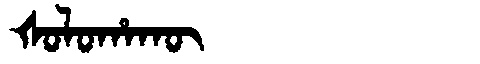
Manchu: ᡧᠣᠯᠣᡥᠠᡴᡡ
Romanization: ŠOLOHAKŪ